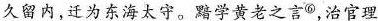
久留内，迁为东海太守。黯学黄老之言^{⑥}，治官理